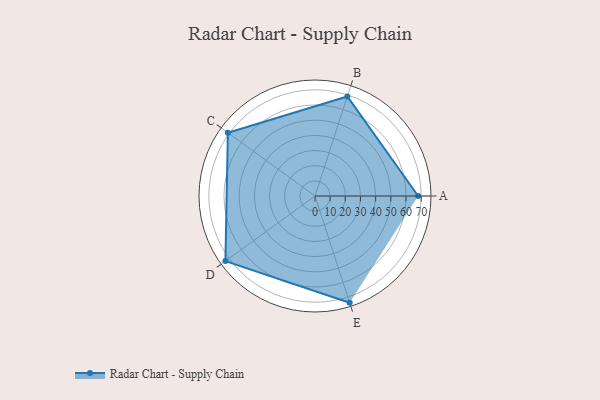
{"axis": {"x": "Skill", "y": "Score"}, "legend": ["Profile"], "data": [{"x": "A", "y": 68.0, "type": "Profile"}, {"x": "B", "y": 69.0, "type": "Profile"}, {"x": "C", "y": 71.0, "type": "Profile"}, {"x": "D", "y": 73.0, "type": "Profile"}, {"x": "E", "y": 74.0, "type": "Profile"}]}